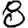
Digit: 8